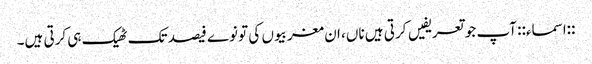
::اسماء:: آپ جو تعریفیں کرتی ہیں ناں، ان مغربیوں کی تو نوے فیصد تک ٹھیک ہی کرتی ہیں۔